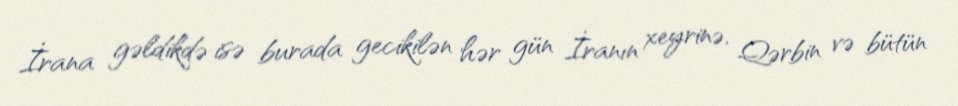
İrana gəldikdə isə burada gecikilən hər gün İranın xeyrinə, Qərbin və bütün